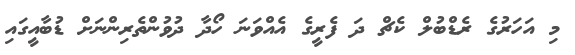
މި އަހަރުގެ ރެޑްބުލް ކެޗް ދަ ފެރީގެ އެއްވަނަ ހޯދާ ދުވުންތެރިންނަށް ޑުބާއީގައި